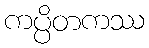
ကပ္ပိတကဿ